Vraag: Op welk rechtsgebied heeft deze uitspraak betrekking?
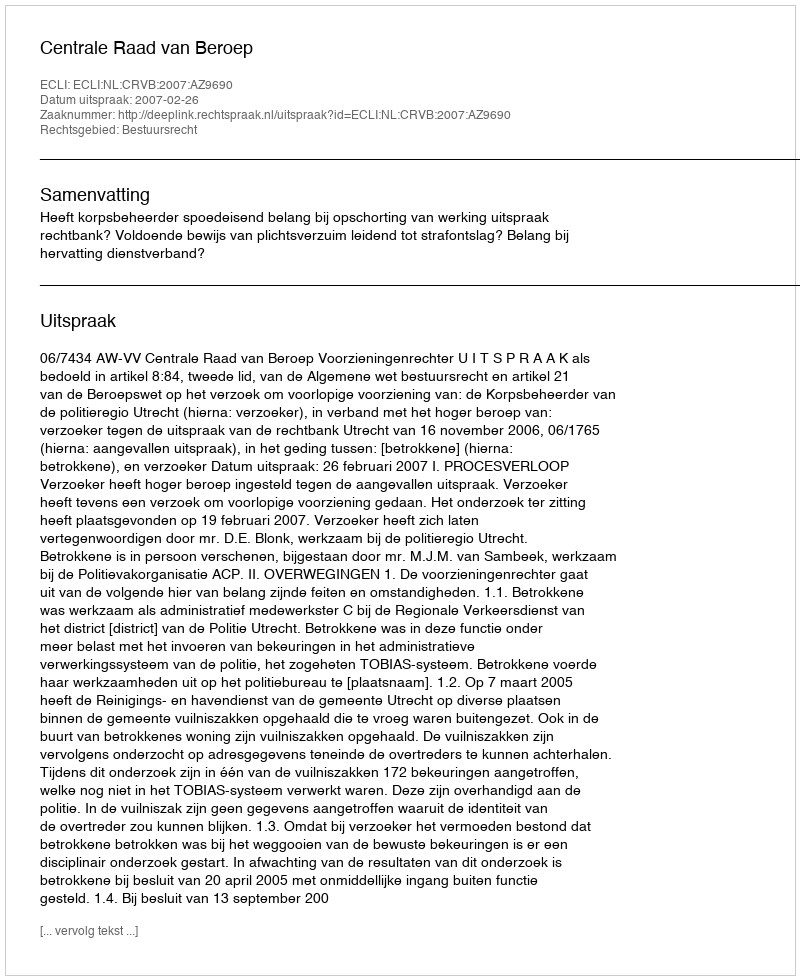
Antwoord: Bestuursrecht